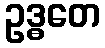
ဥဒ္ဓတေ